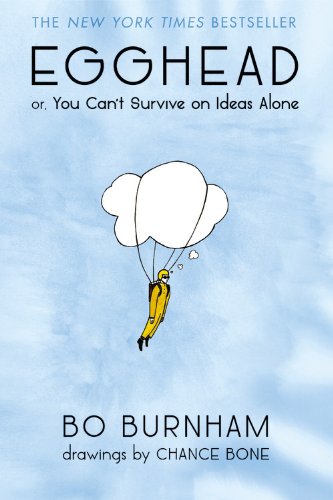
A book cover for Egghead: Or, You Can't Survive on Ideas Alone; Bo Burnham; Humor & Entertainment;